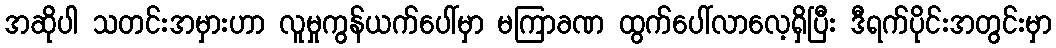
အဆိုပါ သတင်းအမှားဟာ လူမှုကွန်ယက်ပေါ်မှာ မကြာခဏ ထွက်ပေါ်လာလေ့ရှိပြီး ဒီရက်ပိုင်းအတွင်းမှာ